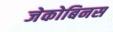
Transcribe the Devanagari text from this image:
जेकोबिनस